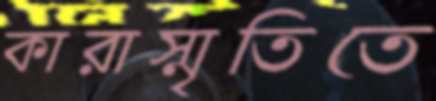
কারাস্মৃতিতে